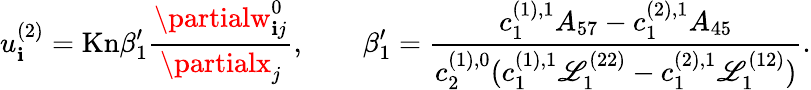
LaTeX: u_{\mathbf{i}}^{(2)}=\mathrm{{Kn}}\beta_{1}^{\prime}\frac{{\partialw_{\mathbf{i}j}^{0}}}{{\partialx_{j}}},\qquad\beta_{1}^{\prime}=\frac{{c_{1}^{(1),1}A_{57}-c_{1}^{(2),1}A_{45}}}{{c_{2}^{(1),0}(c_{1}^{(1),1}\mathscr{{L}}_{1}^{(22)}-c_{1}^{(2),1}\mathscr{{L}}_{1}^{(12)})}}.